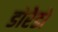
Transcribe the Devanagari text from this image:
डोरेडो